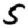
Digit: 5